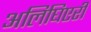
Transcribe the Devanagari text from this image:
अलिघिएरी